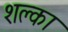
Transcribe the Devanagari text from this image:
शक्ला